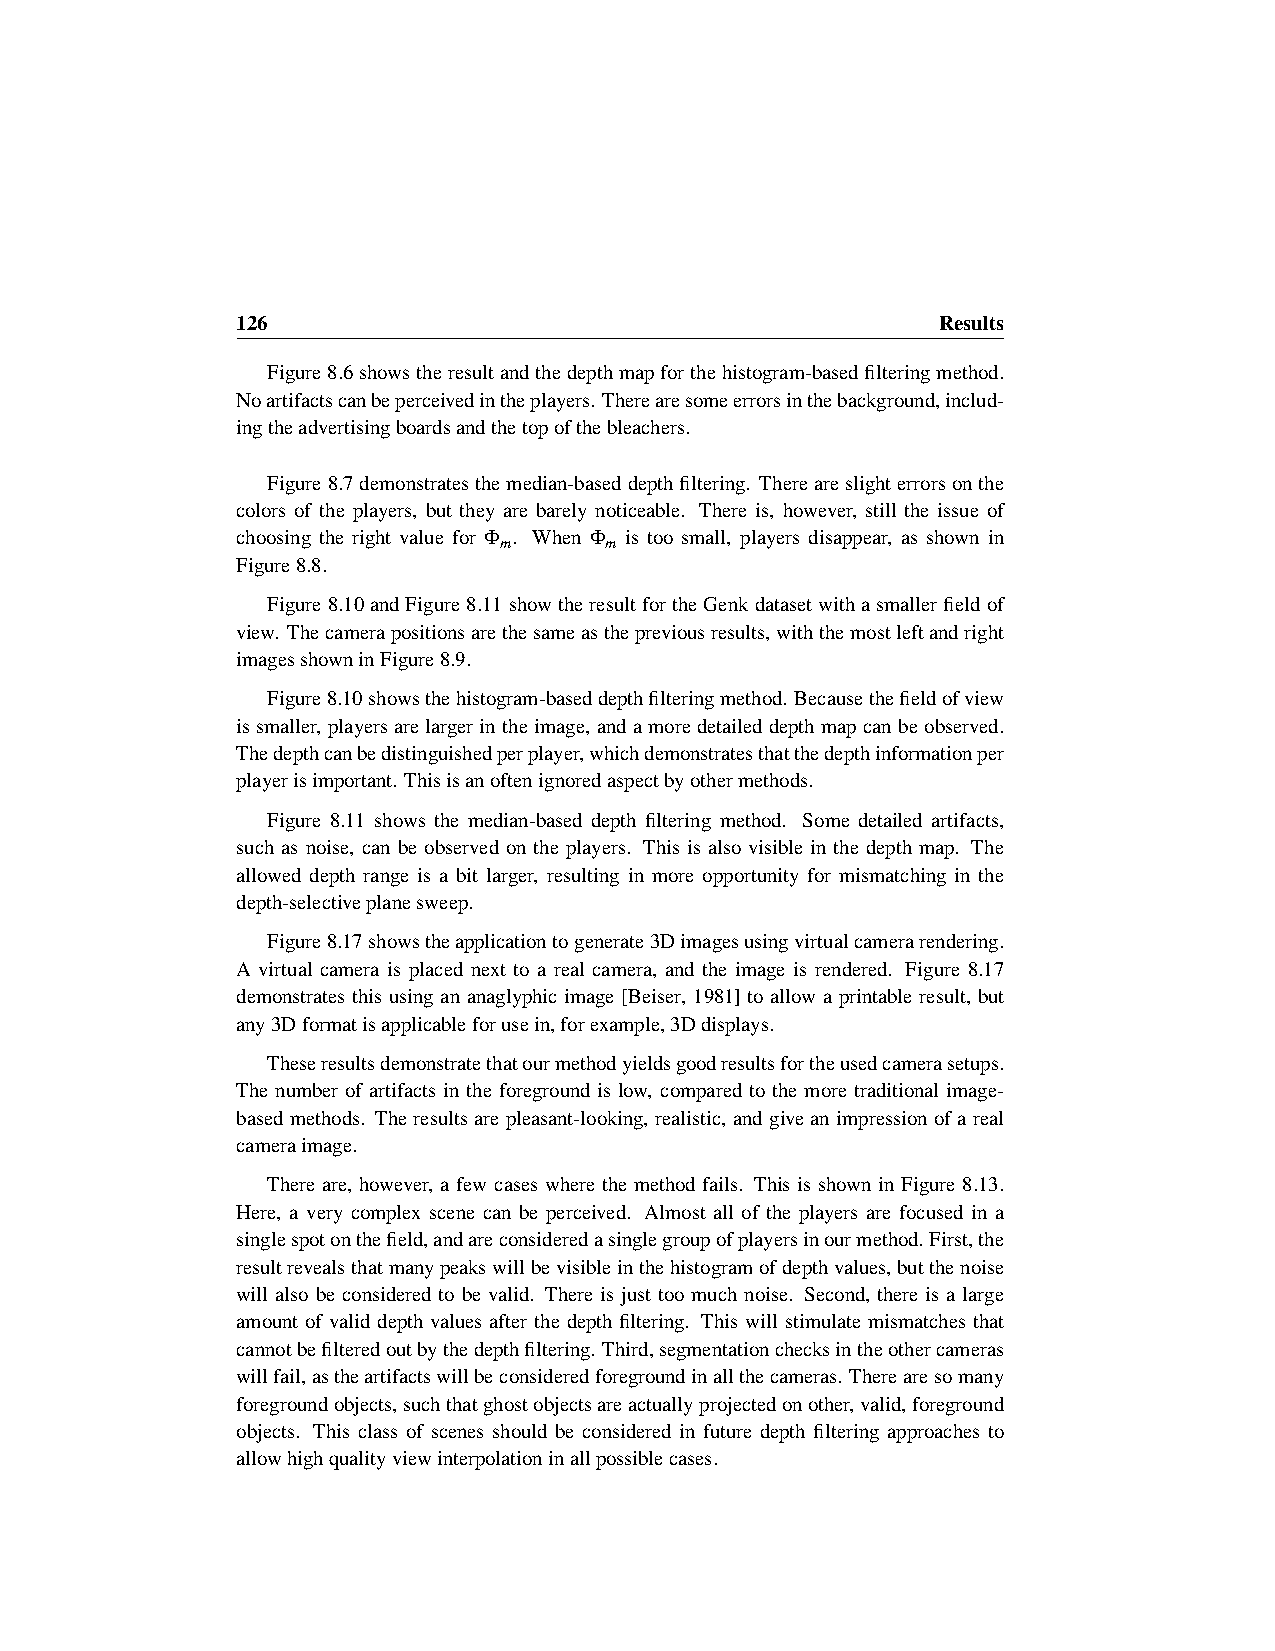
126                                           Results
 Figure8.6showstheresultandthedepthmapforthehistogram-basedfilteringmethod.
 Noartifactscanbeperceivedintheplayers.Therearesomeerrorsinthebackground,includ-
 ingtheadvertisingboardsandthetopofthebleachers.
 Figure8.7demonstratesthemedian-baseddepthfiltering. Thereareslighterrorsonthe
 colors of the players, but they are barely noticeable. There is, however, still the issue of
 choosing the right value for Φ . When Φ is too small, players disappear, as shown in
 m      m
 Figure8.8.
 Figure8.10andFigure8.11showtheresultfortheGenkdatasetwithasmallerfieldof
 view. Thecamerapositionsarethesameasthepreviousresults,withthemostleftandright
 imagesshowninFigure8.9.
 Figure8.10showsthehistogram-baseddepthfilteringmethod. Becausethefieldofview
 issmaller, playersarelargerintheimage, andamoredetaileddepthmapcanbeobserved.
 Thedepthcanbedistinguishedperplayer,whichdemonstratesthatthedepthinformationper
 playerisimportant. Thisisanoftenignoredaspectbyothermethods.
 Figure 8.11 shows the median-based depth filtering method. Some detailed artifacts,
 such as noise, can be observed on the players. This is also visible in the depth map. The
 allowed depth range is a bit larger, resulting in more opportunity for mismatching in the
 depth-selectiveplanesweep.
 Figure8.17showstheapplicationtogenerate3Dimagesusingvirtualcamerarendering.
 A virtual camera is placed next to a real camera, and the image is rendered. Figure 8.17
 demonstrates this using an anaglyphic image [Beiser, 1981] to allow a printable result, but
 any3Dformatisapplicableforusein,forexample,3Ddisplays.
 Theseresultsdemonstratethatourmethodyieldsgoodresultsfortheusedcamerasetups.
 The number of artifacts in the foreground is low, compared to the more traditional image-
 based methods. The results are pleasant-looking, realistic, and give an impression of a real
 cameraimage.
 There are, however, a few cases where the method fails. This is shown in Figure 8.13.
 Here, a very complex scene can be perceived. Almost all of the players are focused in a
 singlespotonthefield,andareconsideredasinglegroupofplayersinourmethod. First,the
 resultrevealsthatmanypeakswillbevisibleinthehistogramofdepthvalues,butthenoise
 will also be considered to be valid. There is just too much noise. Second, there is a large
 amount of valid depth values after the depth filtering. This will stimulate mismatches that
 cannotbefilteredoutbythedepthfiltering. Third,segmentationchecksintheothercameras
 willfail,astheartifactswillbeconsideredforegroundinallthecameras. Therearesomany
 foregroundobjects,suchthatghostobjectsareactuallyprojectedonother,valid,foreground
 objects. This class of scenes should be considered in future depth filtering approaches to
 allowhighqualityviewinterpolationinallpossiblecases.